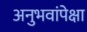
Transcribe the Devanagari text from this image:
अनुभवांपेक्षा